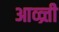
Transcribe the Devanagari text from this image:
आव्व्र्त्ती